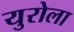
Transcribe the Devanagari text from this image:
युरोला